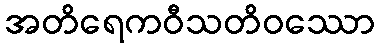
အတိရေကဝီသတိဝဿော